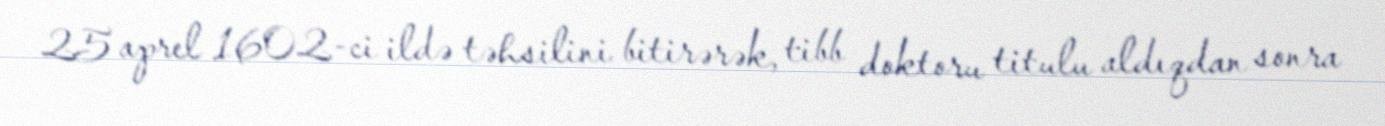
25 aprel 1602-ci ildə təhsilini bitirərək, tibb doktoru titulu aldıqdan sonra